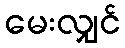
မေးလျှင်